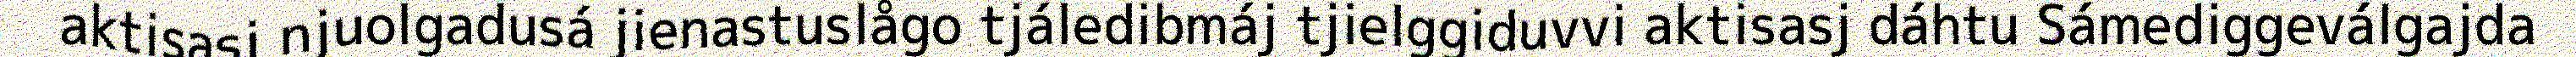
aktisasj njuolgadusá jienastuslågo tjáledibmáj tjielggiduvvi aktisasj dáhtu Sámediggeválgajda